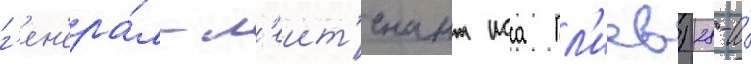
г'ен'ера́л-л'еит'енант исса пл'иев) 28-и́